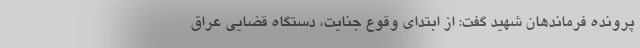
پرونده فرماندهان شهید گفت: از ابتدای وقوع جنایت، دستگاه قضایی عراق